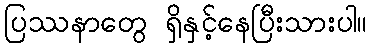
ပြဿနာတွေ ရှိနှင့်နေပြီးသားပါ။